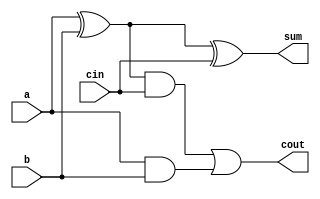
`timescale 1ns / 1ps
//////////////////////////////////////////////////////////////////////////////////
// Company: 
// Engineer: 
// 
// Design Name: 
// Module Name: FA
// Project Name: 
// Target Devices: 
// Tool Versions: 
// Description: 
// 
// Dependencies: 
// 
// Revision:
// Revision 0.01 - File Created
// Additional Comments:
// 
//////////////////////////////////////////////////////////////////////////////////


module FA(
    input a,
    input b,
    input cin,
    output sum,cout
    );
    assign sum=(a^b)^cin; 
    assign cout=(a^b) & cin | a&b;
endmodule